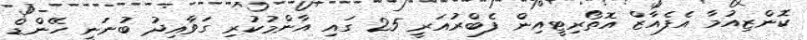
ކޮންޒިއުމާ އެފެއާޒް އޮތޯރިޓީއިން ފެބްރުއަރީ 25 ގައި އާންމުކުރި ގަވާއިދު ބުނަނީ ހޭންޑް